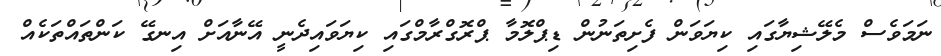
ނަމަވެސް މެލޭޝިޔާގައި ކިޔަވަން ފެށިތަނުން ޑިޕްލޮމާ ޕްރޮގްރާމްގައި ކިޔަވައިދެނީ އޭނާއަށް އިނގޭ ކަންތައްތަކެއް